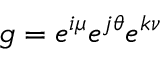
g = e ^ { i \mu } e ^ { j \theta } e ^ { k \nu }